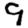
Digit: 9